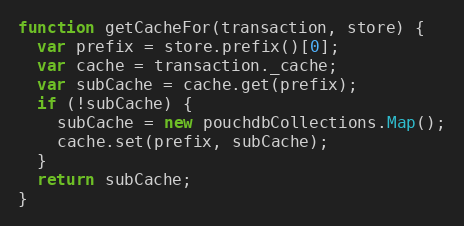
Language: JavaScript
function getCacheFor(transaction, store) {
  var prefix = store.prefix()[0];
  var cache = transaction._cache;
  var subCache = cache.get(prefix);
  if (!subCache) {
    subCache = new pouchdbCollections.Map();
    cache.set(prefix, subCache);
  }
  return subCache;
}